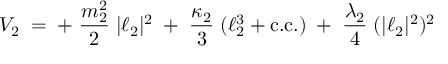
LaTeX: { \cal V } _ { 2 } \; = \; + \; \frac { m _ { 2 } ^ { 2 } } { 2 } \; | \ell _ { 2 } | ^ { 2 } \; + \; \frac { \kappa _ { 2 } } { 3 } \; ( \ell _ { 2 } ^ { 3 } + \mathrm { c . c . } ) \; + \; \frac { \lambda _ { 2 } } { 4 } \; ( | \ell _ { 2 } | ^ { 2 } ) ^ { 2 }